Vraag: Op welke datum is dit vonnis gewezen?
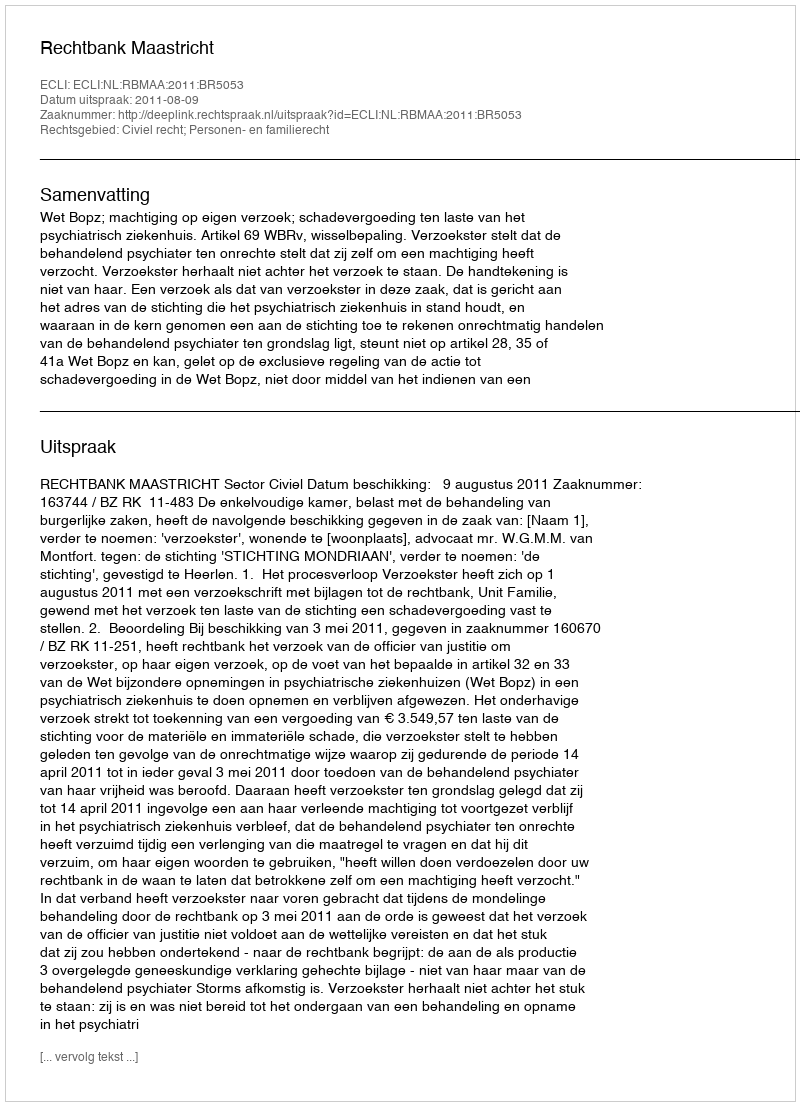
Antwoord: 2011-08-09